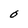
Character: O